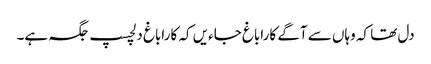
دل تھا کہ وہاں سے آگے کاراباغ جاءیں کہ کاراباغ دلچسپ جگہ ہے۔